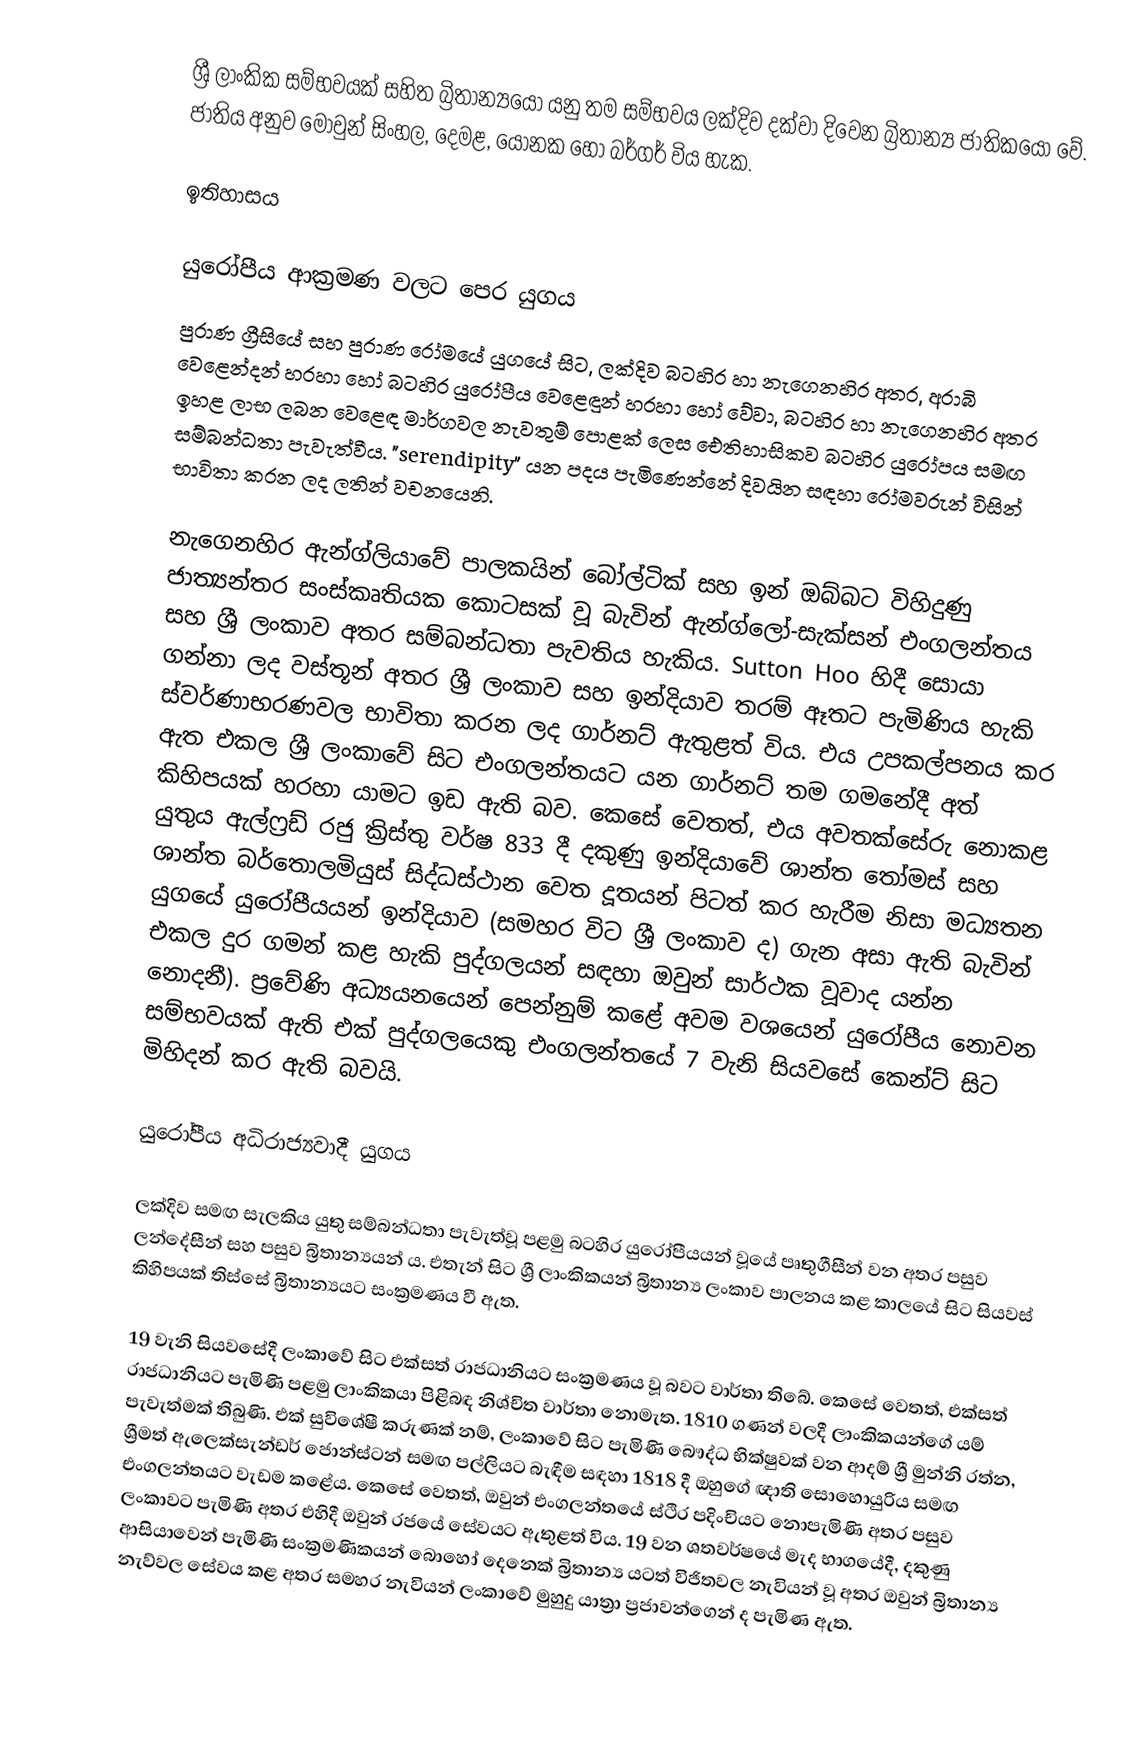
ශ්‍රී ලාංකික සම්භවයක් සහිත බ්‍රිතාන්‍යයෝ යනු තම සම්භවය ලක්දිව දක්වා දිවෙන බ්‍රිතාන්‍ය ජාතිකයෝ වේ.  ජාතිය අනුව මොවුන්  සිංහල, දෙමළ, යෝනක හෝ බර්ගර් විය හැක.

ඉතිහාසය

යුරෝපීය ආක්‍රමණ වලට පෙර යුගය
පුරාණ ග්‍රීසියේ සහ පුරාණ රෝමයේ යුගයේ සිට, ලක්දිව බටහිර හා නැගෙනහිර අතර, අරාබි වෙළෙන්දන් හරහා හෝ බටහිර යුරෝපීය වෙළෙඳුන් හරහා හෝ වේවා, බටහිර හා නැගෙනහිර අතර ඉහළ ලාභ ලබන වෙළෙඳ මාර්ගවල නැවතුම් පොළක් ලෙස ඓතිහාසිකව බටහිර යුරෝපය සමඟ සම්බන්ධතා පැවැත්වීය. "serendipity" යන පදය පැමිණෙන්නේ දිවයින සඳහා රෝමවරුන් විසින් භාවිතා කරන ලද ලතින් වචනයෙනි.

නැගෙනහිර ඇන්ග්ලියාවේ පාලකයින් බෝල්ටික් සහ ඉන් ඔබ්බට විහිදුණු ජාත්‍යන්තර සංස්කෘතියක කොටසක් වූ බැවින් ඇන්ග්ලෝ-සැක්සන් එංගලන්තය සහ ශ්‍රී ලංකාව අතර සම්බන්ධතා පැවතිය හැකිය. Sutton Hoo හිදී සොයා ගන්නා ලද වස්තූන් අතර ශ්‍රී ලංකාව සහ ඉන්දියාව තරම් ඈතට පැමිණිය හැකි ස්වර්ණාභරණවල භාවිතා කරන ලද ගාර්නට් ඇතුළත් විය.  එය උපකල්පනය කර ඇත  එකල ශ්‍රී ලංකාවේ සිට එංගලන්තයට යන ගාර්නට් තම ගමනේදී අත් කිහිපයක් හරහා යාමට ඉඩ ඇති බව. කෙසේ වෙතත්, එය අවතක්සේරු නොකළ යුතුය ඇල්ෆ්‍රඩ් රජු ක්‍රිස්තු වර්ෂ 833 දී දකුණු ඉන්දියාවේ ශාන්ත තෝමස් සහ ශාන්ත බර්තොලමියුස් සිද්ධස්ථාන වෙත දූතයන් පිටත් කර හැරීම නිසා මධ්‍යතන යුගයේ යුරෝපීයයන් ඉන්දියාව (සමහර විට ශ්‍රී ලංකාව ද) ගැන අසා ඇති බැවින් එකල දුර ගමන් කළ හැකි පුද්ගලයන් සඳහා  ඔවුන් සාර්ථක වූවාද යන්න නොදනී). ප්‍රවේණි අධ්‍යයනයෙන් පෙන්නුම් කළේ අවම වශයෙන් යුරෝපීය නොවන සම්භවයක් ඇති එක් පුද්ගලයෙකු එංගලන්තයේ 7 වැනි සියවසේ කෙන්ට් සිට මිහිදන් කර ඇති බවයි.

යුරෝපීය අධිරාජ්‍යවාදී යුගය

ලක්දිව සමඟ සැලකිය යුතු සම්බන්ධතා පැවැත්වූ පළමු බටහිර යුරෝපීයයන් වූයේ පෘතුගීසීන් වන අතර පසුව ලන්දේසීන් සහ පසුව බ්‍රිතාන්‍යයන් ය. එතැන් සිට ශ්‍රී ලාංකිකයන් බ්‍රිතාන්‍ය ලංකාව පාලනය කළ කාලයේ සිට සියවස් කිහිපයක් තිස්සේ බ්‍රිතාන්‍යයට සංක්‍රමණය වී ඇත.

19 වැනි සියවසේදී ලංකාවේ සිට එක්සත් රාජධානියට සංක්‍රමණය වූ බවට වාර්තා තිබේ.  කෙසේ වෙතත්, එක්සත් රාජධානියට පැමිණි පළමු ලාංකිකයා පිළිබඳ නිශ්චිත වාර්තා නොමැත. 1810 ගණන් වලදී ලාංකිකයන්ගේ යම් පැවැත්මක් තිබුණි. එක් සුවිශේෂී කරුණක් නම්, ලංකාවේ සිට පැමිණි බෞද්ධ භික්ෂුවක් වන ආදම් ශ්‍රී මුන්නි රත්න, ශ්‍රීමත් ඇලෙක්සැන්ඩර් ජොන්ස්ටන් සමඟ පල්ලියට බැඳීම සඳහා 1818 දී ඔහුගේ ඥාති සොහොයුරිය සමඟ එංගලන්තයට වැඩම කළේය. කෙසේ වෙතත්, ඔවුන් එංගලන්තයේ ස්ථිර පදිංචියට නොපැමිණි අතර පසුව ලංකාවට පැමිණි අතර එහිදී ඔවුන් රජයේ සේවයට ඇතුළත් විය.  19 වන ශතවර්ෂයේ මැද භාගයේදී, දකුණු ආසියාවෙන් පැමිණි සංක්‍රමණිකයන් බොහෝ දෙනෙක් බ්‍රිතාන්‍ය යටත් විජිතවල නැවියන් වූ අතර ඔවුන් බ්‍රිතාන්‍ය නැව්වල සේවය කළ අතර සමහර නැවියන් ලංකාවේ මුහුදු යාත්‍රා ප්‍රජාවන්ගෙන් ද පැමිණ ඇත.